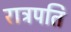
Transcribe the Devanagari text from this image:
राट्रपति